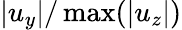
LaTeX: |u_{y}|/\operatorname*{max}(|u_{z}|)